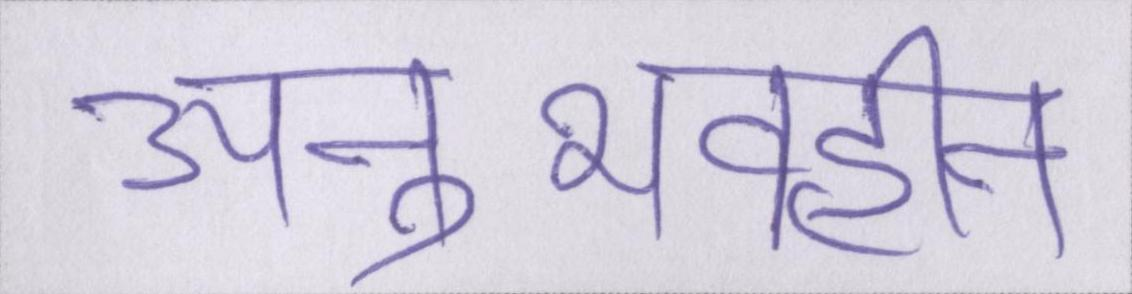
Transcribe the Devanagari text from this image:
अनुभवहीन